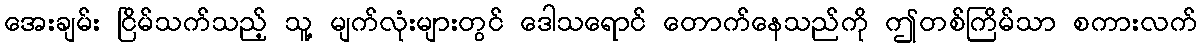
အေးချမ်း ငြိမ်သက်သည့် သူ့ မျက်လုံးများတွင် ဒေါသရောင် တောက်နေသည်ကို ဤတစ်ကြိမ်သာ စကားလက်